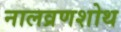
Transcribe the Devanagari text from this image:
नालव्रणशोथ